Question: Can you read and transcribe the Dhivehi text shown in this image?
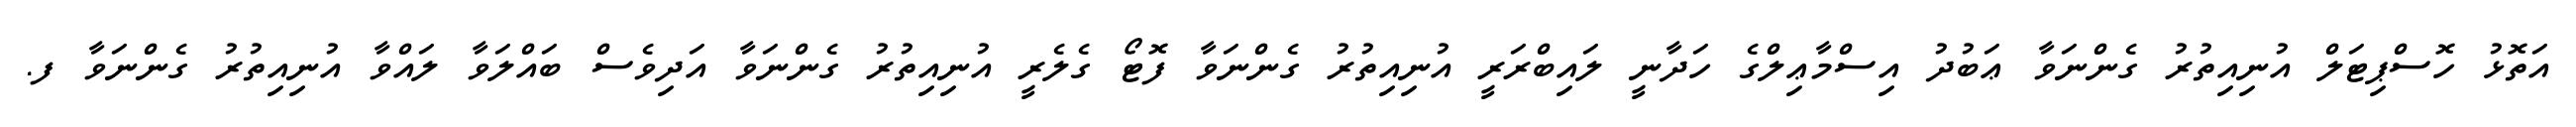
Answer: އަތޮޅު ހޮސްޕިޓަލް އުނިއިތުރު ގެންނަވާ ޢަބުދު އިސްމާޢިލްގެ ހަދާނީ ލައިބްރަރީ އުނިއިތުރު ގެންނަވާ ފޮޓޯ ގެލެރީ އުނިއިތުރު ގެންނަވާ އަދިވެސް ބައްލަވާ ލައްވާ އުނިއިތުރު ގެންނަވާ ފ.